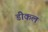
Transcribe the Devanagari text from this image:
डीकल